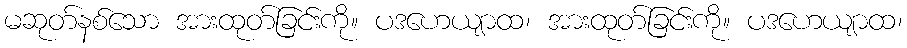
မဆုတ်နစ်သော အားထုတ်ခြင်းကို။ ပဒဟေယျာထ၊ အားထုတ်ခြင်းကို။ ပဒဟေယျာထ၊